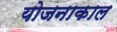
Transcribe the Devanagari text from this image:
योजनाकाल